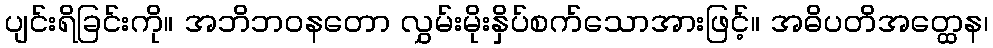
ပျင်းရိခြင်းကို။ အဘိဘဝနတော လွှမ်းမိုးနှိပ်စက်သောအားဖြင့်။ အဓိပတိအတ္ထေန၊